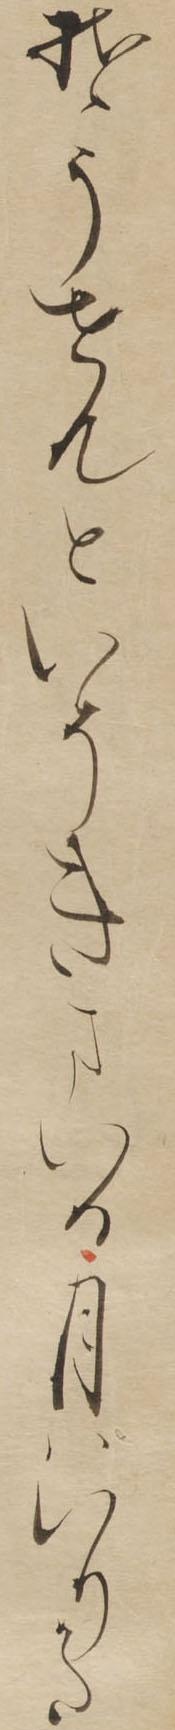
そうせんといそきまいる月はいりかた